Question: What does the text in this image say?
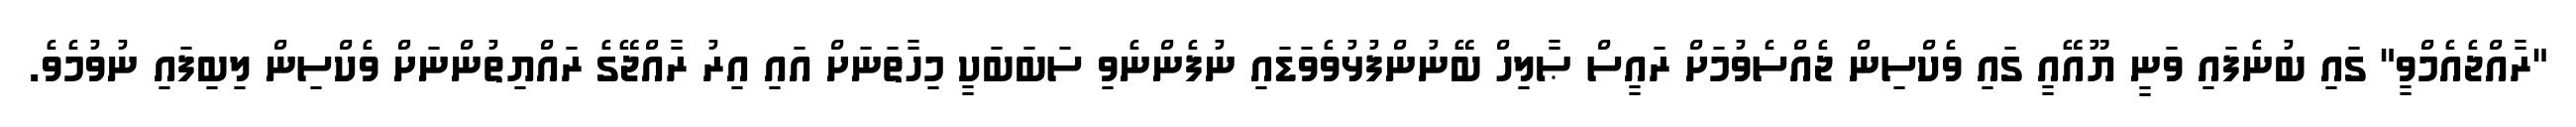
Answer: "ރާއްޖެއެމްވީ" ގައި ބުނެފައި ވަނީ ޔޫއޭއީ ގައި ވެކްސިން ޖެއްސެވުމަށް ރައީސް ޞާލިހް ބޭނުންފުޅުވެވަޑައި ނުފެންނެވި ސަބަބަކީ މިހާތަނަށް އައި އިރު ރާއްޖޭގެ ރައްޔިތުންނަށް ވެކްސިން ލިބިފައި ނުވުމެވެ.